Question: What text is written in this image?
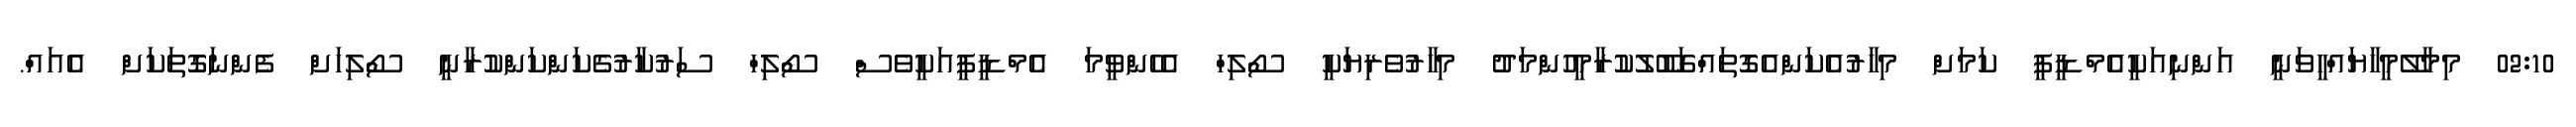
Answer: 02:10 މިމާލޭމީހާޔައްހީވަނީ އަންނިއަކީއެމްޑީޕީ ކަމަށް މިހާރުއެކަންއެގޮތައްގަބޫލުކުރާމީހުންމަދު މިހާރުވެރިޔަކީ ސޯލިހް އެހެންވީމަ އެމްޑީޕީއަކީވެސް ސޯލިހް ސަރުކާރުގެކަންކަންކުރާނީ ސޯލިހަށް ފެންނަގޮތަކަށް އެއައް.